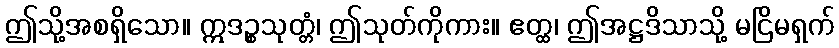
ဤသို့အစရှိသော။ ဣဒဉ္စသုတ္တံ၊ ဤသုတ်ကိုကား။ ဧတ္ထ၊ ဤအဋ္ဌဒိသာသို့ မငြိမရှက်